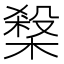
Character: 𱤃